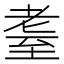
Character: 耋